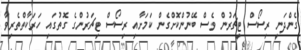
ގެންދަނީ ރިސޯސް ޓީޗަރުން ވެސް ބޭނުންކޮށްގެން ކަމަށާއި ރިސޯސް ޓިޗަރުންގެ ގޮތުގައި ހަރަކާތްތެރިވާ